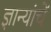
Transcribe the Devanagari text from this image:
ज्ञान्यांचें